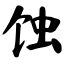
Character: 蚀